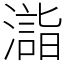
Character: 𣿉